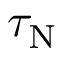
\tau _ { \mathrm { N } }